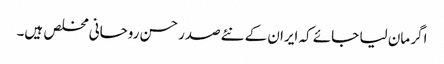
اگر مان لیا جائے کہ ایران کے نئےصدر حسن روحانی مخلص ہیں۔